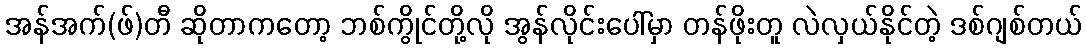
အန်အက်(ဖ်)တီ ဆိုတာကတော့ ဘစ်ကွိုင်တို့လို အွန်လိုင်းပေါ်မှာ တန်ဖိုးတူ လဲလှယ်နိုင်တဲ့ ဒစ်ဂျစ်တယ်